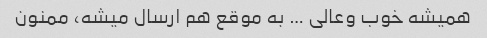
همیشه خوب وعالی … به موقع هم ارسال میشه، ممنون